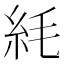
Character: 䋃